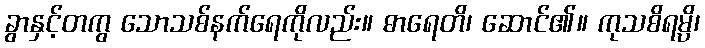
ခွာနှင့်တကွ သောသစ်နက်ရေကိုလည်း။ ဓာရေတိ၊ ဆောင်၏။ ကုသစိရမ္ပိ၊